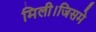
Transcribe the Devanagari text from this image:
मिली।जिसमे